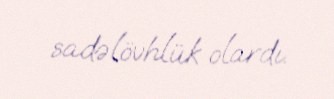
sadəlövhlük olardı.